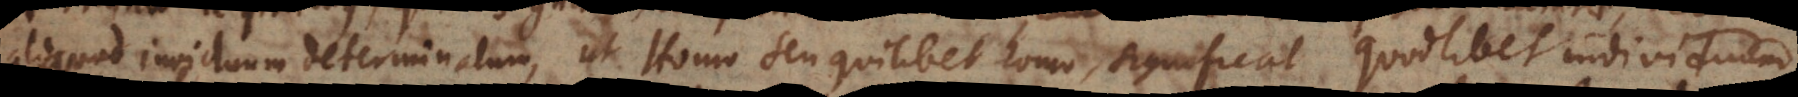
aliquod in[di]viduum determinatum, ut Homo seu quilibet homo, significat quodlibet individuum